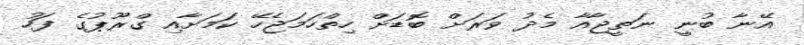
އޭނާ ބުނީ ނަތީޖާއާ މެދު ވަރަށް ބޮޑަށް ހިތްހަމަޖެހޭ ކަމަށާއި ގްރޫޕުގެ ފަހު